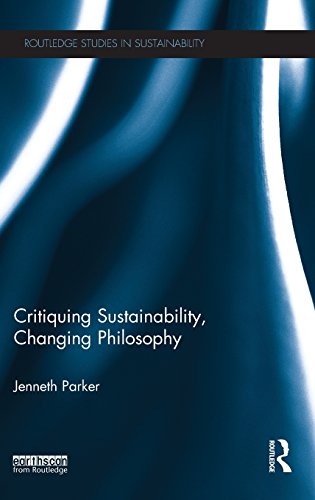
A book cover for Critiquing Sustainability, Changing Philosophy (Routledge Studies in Sustainability); Jenneth Parker; Law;